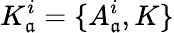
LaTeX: K_{\mathfrak{a}}^{i}=\{ A_{\mathfrak{a}}^{i},K\}